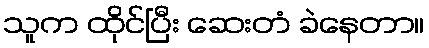
သူက ထိုင်ပြီး ဆေးတံ ခဲနေတာ။